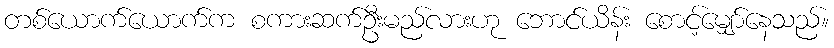
တစ်ယောက်ယောက်က စကားဆက်ဦးမည်လားဟု ဘောင်ယိန်း စောင့်မျှော်နေသည်။